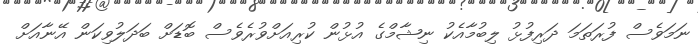
ނަމަވެސް ފުރަތަމަ ދަރިފުޅު ލިބުމާއެކު ނިޝާމްގެ އުޅުން ކުރިއަށްވުރެވެސް ބޮޑަށް ބަދަލުވިކަން އޭނާއަށް